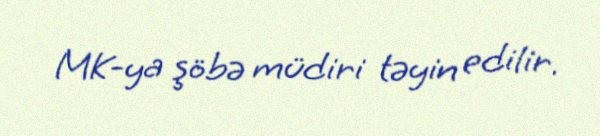
MK-ya şöbə müdiri təyin edilir.